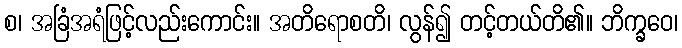
စ၊ အခြံအရံဖြင့်လည်းကောင်း။ အတိရောစတိ၊ လွန်၍ တင့်တယ်တိ၏။ ဘိက္ခဝေ၊